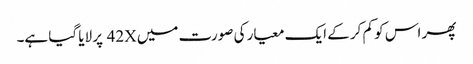
پھر اس کو کم کر کے ایک معیار کی صورت میں 42X پر لایا گیا ہے۔